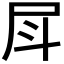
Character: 𡰷